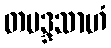
တမဒ္ဒသာဟံ